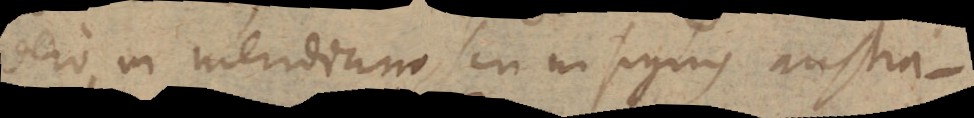
vero in meridiano, seu in signis austra-